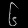
Digit: ၆